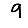
Digit: 9